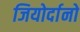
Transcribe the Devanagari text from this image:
जियोर्दानो